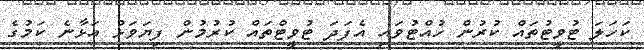
ކަހަލަ ޓުވީޓުތައް ކުރުން ހުއްޓުވައި އެފަދަ ޓުވީޓްތައް ކުރުމުން ފިޔަވަޅު އަޅާނެ ކަމުގެ